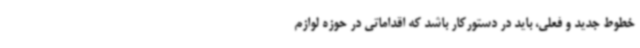
خطوط جدید و فعلی، باید در دستورکار باشد که اقداماتی در حوزه لوازم